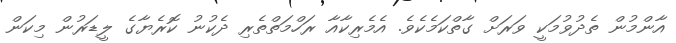
އާންމުން ތެދުވުމަކީ ވަރަށް ގާތްކަމެކެވެ. އެމެރިކާއާ ރަހްމަތްތެރި ދެކުނު ކޮރެޔާގެ ލީޑަރުން މިކަން